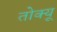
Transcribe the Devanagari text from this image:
तोक्यू